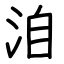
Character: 洎